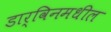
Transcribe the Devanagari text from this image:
डार्विनमधील